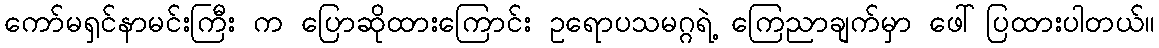
ကော်မရှင်နာမင်းကြီး က ပြောဆိုထားကြောင်း ဥရောပသမဂ္ဂရဲ့ ကြေညာချက်မှာ ဖေါ်ပြထားပါတယ်။